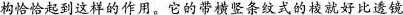
构恰恰起到这样的作用。它的带横竖条纹式的棱就好比透镜